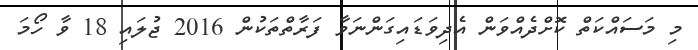
މި މަސައްކަތް ކޮށްދެއްވަން އެދިވަޑައިގަންނަވާ ފަރާތްތަކުން 2016 ޖުލައި 18 ވާ ހޯމަ